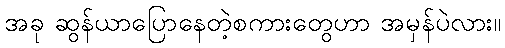
အခု ဆွန်ယာပြောနေတဲ့စကားတွေဟာ အမှန်ပဲလား။